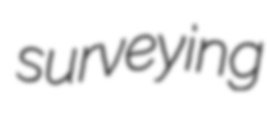
surveying